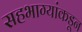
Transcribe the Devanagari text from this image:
सहभाग्यांकडून